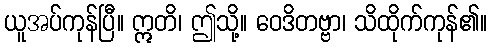
ယူအပ်ကုန်ပြီ။ ဣတိ၊ ဤသို့။ ဝေဒိတဗ္ဗာ၊ သိထိုက်ကုန်၏။